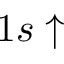
1 s \uparrow